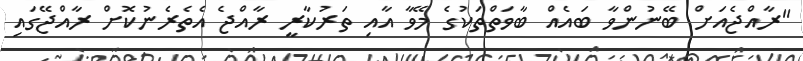
"ރާއްޖެއަށް ބޭނުންވާ ބައެއް ބާވަތްތަކުގެ މޭވާ އާއި ތަރުކާރީ ރާއްޖެ އެތެރެނުކޮށް ރާއްޖޭގައި